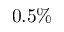
0 . 5 \%